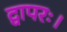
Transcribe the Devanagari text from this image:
द्वापरः।